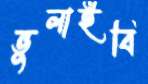
ভুলাইবি